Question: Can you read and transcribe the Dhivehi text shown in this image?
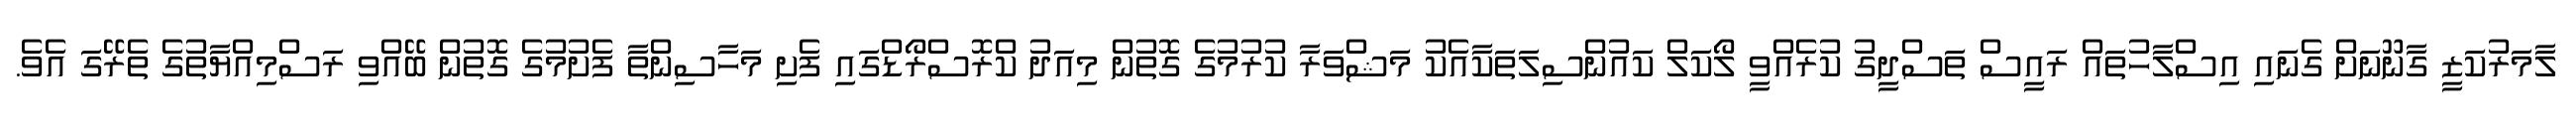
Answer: ލާމަރުކަޒީ ގާނޫނަށް ގެނައި އިސްލާހުތައް ރައީސް ތަސްދީގު ކުރެއްވީ ލޯކަލް ކައުންސިލަތަކާއެކު މަޝްވަރާ ކުރުމުގެ ގޮތުން މިއަދު ކްރޮސްރޯޑްގައި ފެށި މަހާސިންތާ ފެށުމުގެ ގޮތުން ބޭއްވި ރަސްމިއްޔާތުގެ ތެރޭގަ އެވެ.